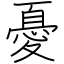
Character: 憂